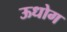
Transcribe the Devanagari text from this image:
ऊधोग